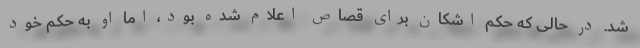
شد. در حالی که حکم اشکان برای قصاص اعلام شده بود، اما او به حکم خود